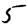
Digit: 5